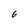
Character: 6